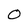
Character: O